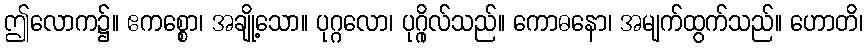
ဤလောက၌။ ဧကစ္စော၊ အချို့သော။ ပုဂ္ဂလော၊ ပုဂ္ဂိုလ်သည်။ ကောဓနော၊ အမျက်ထွက်သည်။ ဟောတိ၊